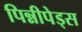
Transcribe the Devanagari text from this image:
पिन्नीपेड्स